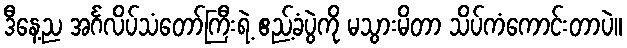
ဒီနေ့ည အင်္ဂလိပ်သံတော်ကြီးရဲ့ ဧည့်ခံပွဲကို မသွားမိတာ သိပ်ကံကောင်းတာပဲ။